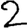
Digit: 2